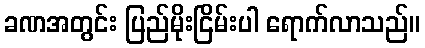
ခဏအတွင်း ပြည်မိုးငြိမ်းပါ ရောက်လာသည်။